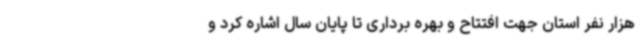
هزار نفر استان جهت افتتاح و بهره برداری تا پایان سال اشاره کرد و